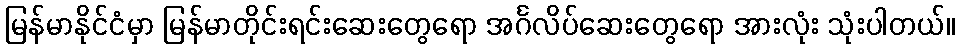
မြန်မာနိုင်ငံမှာ မြန်မာတိုင်းရင်းဆေးတွေရော အင်္ဂလိပ်ဆေးတွေရော အားလုံး သုံးပါတယ်။